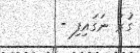
ގުރު ނަގައިފިި -